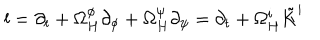
l = \partial _ { t } + \Omega _ { H } ^ { \phi } \partial _ { \phi } + \Omega _ { H } ^ { \psi } \partial _ { \psi } = \partial _ { t } + \Omega _ { H } ^ { i } \tilde { K } ^ { i }